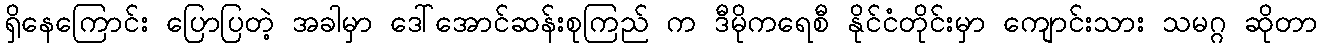
ရှိနေကြောင်း ပြောပြတဲ့ အခါမှာ ဒေါ်အောင်ဆန်းစုကြည် က ဒီမိုကရေစီ နိုင်ငံတိုင်းမှာ ကျောင်းသား သမဂ္ဂ ဆိုတာ